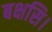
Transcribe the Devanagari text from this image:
बक्षसि।